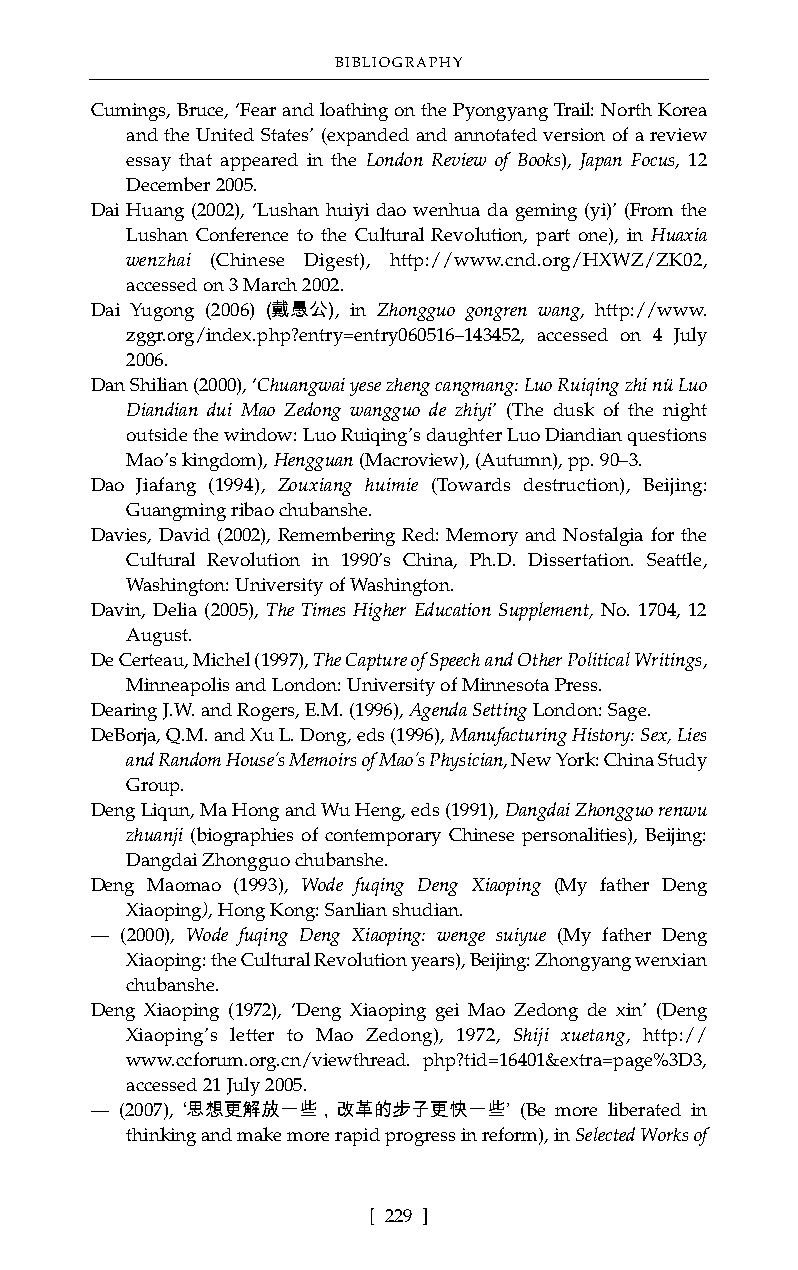
BIBLIOGRAPHY
 Cumings, Bruce, ‘Fear and loathing on the Pyongyang Trail: North Korea
 and the United States’ (expanded and annotated version of a review
 essay that appeared in the London Review of Books), Japan Focus, 12
 December 2005.
 Dai Huang (2002), ‘Lushan huiyi dao wenhua da geming (yi)’ (From the
 Lushan Conference to the Cultural Revolution, part one), in Huaxia
 wenzhai (Chinese Digest), http://www.cnd.org/HXWZ/ZK02,
 accessed on 3 March 2002.
 Dai Yugong (2006) (戴愚公), in Zhongguo gongren wang, http://www.
 zggr.org/index.php?entry=entry060516–143452, accessed on 4 July
 2006.
 Dan Shilian (2000), ‘Chuangwai yese zheng cangmang: Luo Ruiqing zhi nü Luo
 Diandian dui Mao Zedong wangguo de zhiyi’ (The dusk of the night
 outside the window: Luo Ruiqing’s daughter Luo Diandian questions
 Mao’s kingdom), Hengguan(Macroview), (Autumn), pp. 90–3.
 Dao Jiafang (1994), Zouxiang huimie (Towards destruction), Beijing:
 Guangming ribao chubanshe.
 Davies, David (2002), Remembering Red: Memory and Nostalgia for the
 Cultural Revolution in 1990’s China, Ph.D. Dissertation. Seattle,
 Washington: University of Washington.
 Davin, Delia (2005), The Times Higher Education Supplement, No. 1704, 12
 August.
 De Certeau, Michel (1997), The Capture of Speech and Other Political Writings,
 Minneapolis and London: University of Minnesota Press.
 Dearing J.W. and Rogers, E.M. (1996), Agenda Setting London: Sage.
 DeBorja, Q.M. and Xu L. Dong, eds (1996), Manufacturing History: Sex, Lies
 and Random House’s Memoirs of Mao’s Physician, New York: China Study
 Group.
 Deng Liqun, Ma Hong and Wu Heng, eds (1991), Dangdai Zhongguo renwu
 zhuanji (biographies of contemporary Chinese personalities), Beijing:
 Dangdai Zhongguo chubanshe.
 Deng Maomao (1993), Wode fuqing Deng Xiaoping (My father Deng
 Xiaoping), Hong Kong: Sanlian shudian.
 –– (2000), Wode fuqing Deng Xiaoping: wenge suiyue (My father Deng
 Xiaoping: the Cultural Revolution years), Beijing: Zhongyang wenxian
 chubanshe.
 Deng Xiaoping (1972), ‘Deng Xiaoping gei Mao Zedong de xin’ (Deng
 Xiaoping’s letter to Mao Zedong), 1972, Shiji xuetang, http://
 www.ccforum.org.cn/viewthread. php?tid=16401&extra=page%3D3,
 accessed 21 July 2005.
 –– (2007), ‘思想更解放一些，改革的步子更快一些’ (Be more liberated in
 thinking and make more rapid progress in reform), in Selected Works of
 [ 229 ]